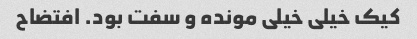
کیک خیلی خیلی مونده و سفت بود. افتضاح